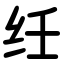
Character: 纴